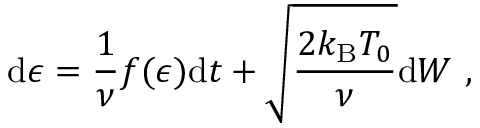
\mathrm { d } \epsilon = \frac { 1 } { \nu } f ( \epsilon ) \mathrm { d } t + \sqrt { \frac { 2 k _ { \mathrm { B } } T _ { 0 } } { \nu } } \mathrm { d } { W } \mathrm { ~ , ~ }